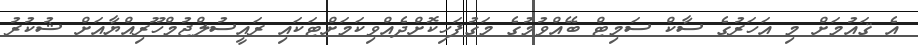
އެ ޤައުމަށް މި އަހަރުގެ ސާކް ސަމިޓް ބޭއްވުމުގެ މަގުފަހިކޮށްދެއްވިކަމަށްޓަކައި ރައީސުލްޖުމްހޫރިއްޔާއަށް ޝުކުރު